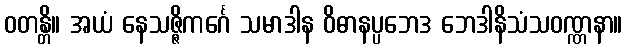
ဝတန္တိ။ အယံ နေသဇ္ဇိကင်္ဂေ သမာဒါန ဝိဓာနပ္ပဘေဒ ဘေဒါနိသံသဝဏ္ဏနာ။